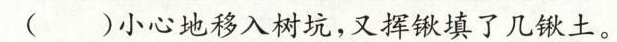
()小心地移入树坑，又挥锹填了几锹土。